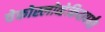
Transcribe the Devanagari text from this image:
चेकोस्लोव्हेकियापर्यंत